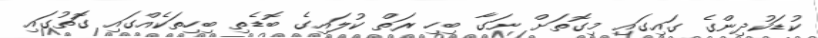
ކުޑަކުދިންގެ ގައިގައި މިގޮތަށް ނަގާ ބިހި ރަތް ކުލައިގެ ބޮޑެތި ބިހިތަކެއްގައި ގަޮތުގައި